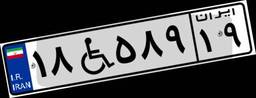
۹۶W۷۲۸۰۵